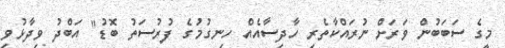
މީގެ ސަބަބުން ވަރަށް ނުރައްކާތެރި ހާދިސާއެއް ހިނގުމުގެ ފުރުސަތު ބޮޑު" އަބްދު ވިދާޅުވި